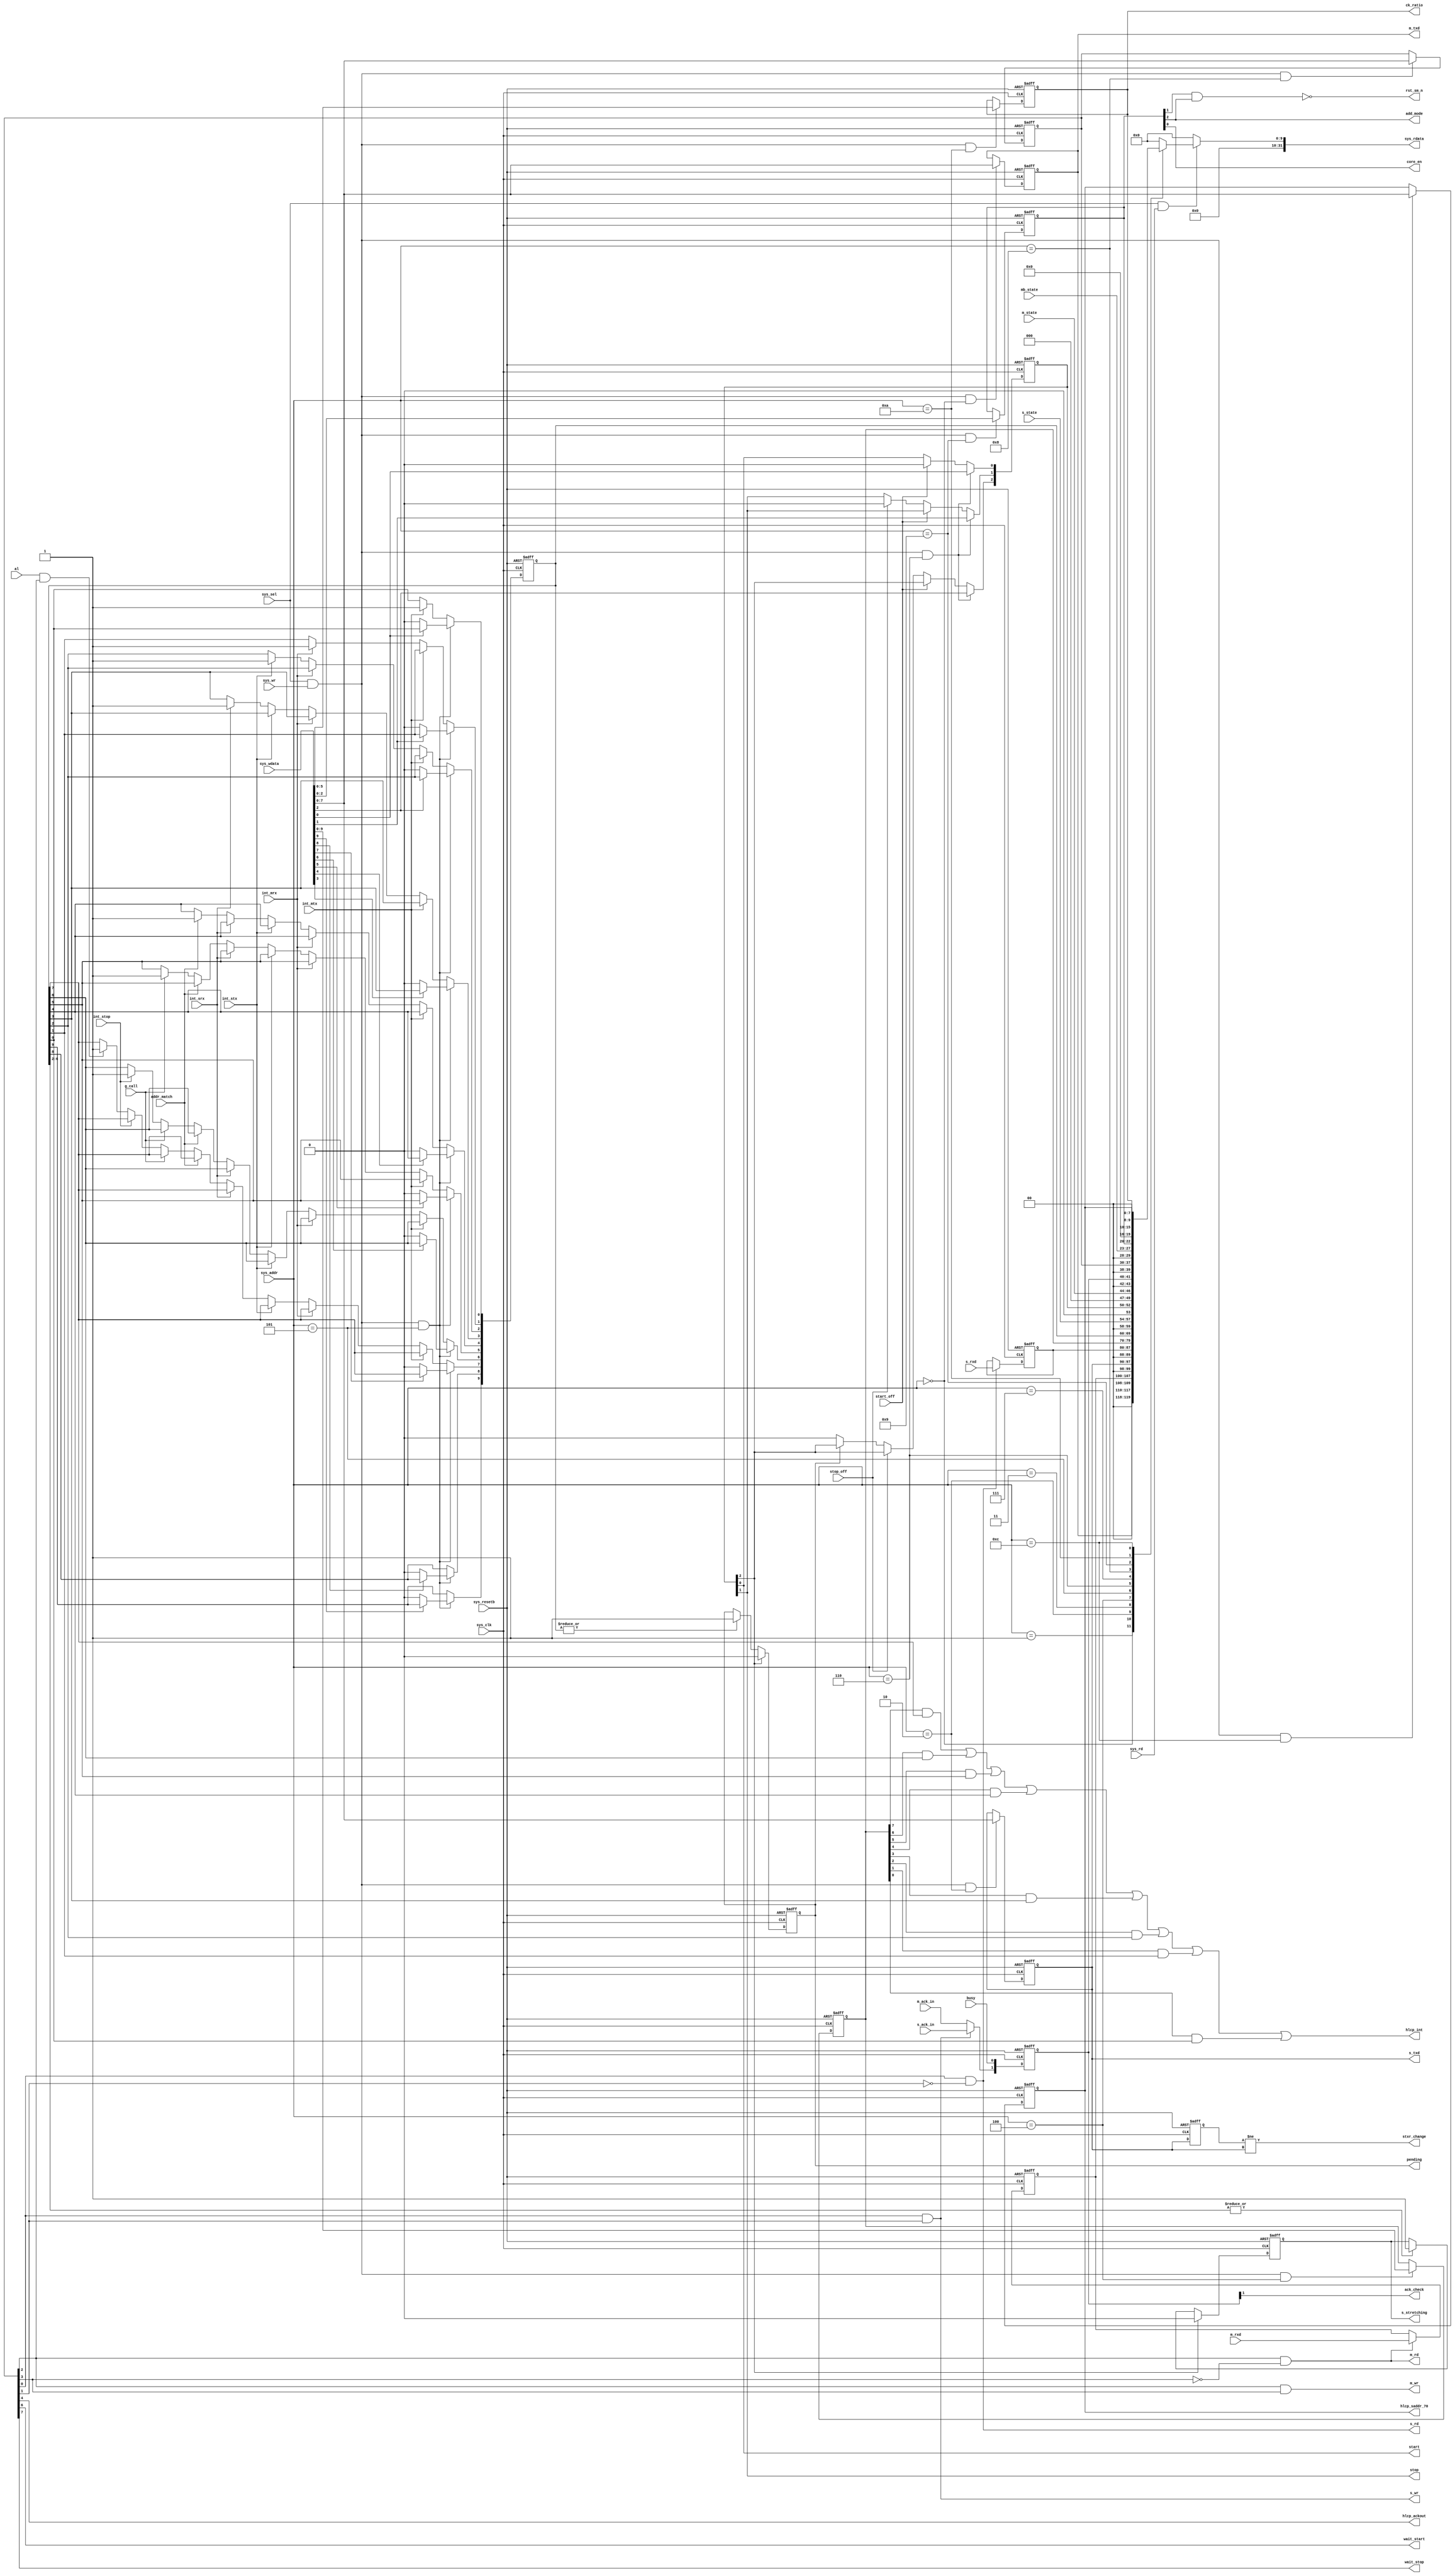
//*******************************************************************--
// Copyright (c) 2006-2013  Naoplus Co., Ltd.                        //
//*******************************************************************//
//*******************************************************************//
// Please review the terms of the license agreement before using     //
// this file. If you are not an authorized user, please destroy this //
// source code file and notify Naoplus Co., Ltd. immediately         //
// that you inadvertently received an unauthorized copy.             //
//*******************************************************************//
//-------------------------------------------------------------------//
// Project name         : MiCSoC                                     //
// Project description  :                                            //
//                                                                   //
// Purpose              : HLCP control & status registers             //
//                                                                   //
//-------------------------------------------------------------------//
//*******************************************************************//

module hlcp_reg  (sys_clk,
                 sys_resetb,
                 sys_addr,
                 sys_wr,
                 sys_sel,
                 sys_rd,
                 sys_wdata,
                 sys_rdata,
                 ck_ratio,
                 hlcp_ackout,
                 start,
                 stop,
                 wait_start,
                 wait_stop,
                 //hlcp_saddr_97,
                 hlcp_saddr_70,
                 al,
                 busy,
                 m_rxd,
                 s_rxd,
                 m_txd,
                 s_txd,
                 core_en,
                 m_rd,
                 m_wr,
                 s_rd,
                 s_wr,
                 g_call,
                 addr_match,
                 m_ack_in,
                 s_ack_in,
                 pending,
                 m_state,
                 mb_state,
                 s_state,
                 int_mtx,
                 int_mrx,
                 int_stx,
                 int_srx,
                 int_stop,
                 rst_sm_n,
                 add_mode,
                 hlcp_int,
                 start_off,
                 stop_off,
                 ack_check,
                 s_stretching,
                 stxr_change
                 );

//APB interface signals
input                         sys_clk;         // system clock
input                         sys_resetb;      // system reset
input  [3:0]                  sys_addr;        // system input address
input                         sys_wr;          // system write enable
input                         sys_sel;         // system slave select
input                         sys_rd;          // system read enable
input  [31:0]                  sys_wdata;       // system write in data
output [31:0]                  sys_rdata;       // system read out data

output [5:0]                  ck_ratio;        // HLCP clcok divider
output                        hlcp_ackout;      // HLCP bus ack enable
output                        start;           // HLCP start
output                        stop;            // HLCP stop

output                        wait_start;      // control the slave wait when start mode
output                        wait_stop;       // control the slave wait when stop mode

output [7:0]                  hlcp_saddr_70;    // HLCP slave address bits [7:0]
input                         al;              // Arbitration lost
input                         busy;            // HLCP busy
input  [7:0]                  m_rxd;           // master received data
input  [7:0]                  s_rxd;           // slave received data


output [7:0]                  m_txd;           // data for master to transmit
output [7:0]                  s_txd;           // data for slave to transmit
output                        core_en;         // HLCP core enable
output                        m_rd;            // HLCP master read
output                        m_wr;            // HLCP master write
output                        s_rd;            // HLCP slave read
output                        s_wr;            // HLCP slave write
input                         g_call;          // general call occurs
input                         addr_match;      // HLCP slave address match
input                         m_ack_in;        // HLCP master receives ack
input                         s_ack_in;        // HLCP slave receives ack
output                        pending;         // pending bit -execution command while al and bus free
input  [2:0]                  m_state;         // Master State
input  [4:0]                  mb_state;        // Master Bit State
input  [3:0]                  s_state;         // Slave State
input                         int_mtx;         // when master receives ACK, assert interrupt
input                         int_mrx;         // when master receives data, asseert interrupt
input                         int_stx;         // when slave receives ACK, assert interrupt
input                         int_srx;         // when slave receives data, asseert interrupt
input                         int_stop;        // abnormal stop interrupt
output                        rst_sm_n;        // HLCP state machine reset
output                        add_mode;        // HLCP slave address mode
output                        hlcp_int;         // HLCP interrupt
input                         start_off;       // Turn off START command
input                         stop_off;        // Turn off STOP command
output                        ack_check;       // when slave in write mode, check received ACK/NAK to determine whether into IDLE mode
output                        s_stretching;    // HLCP slave port stretching
output                        stxr_change;     // STXR value change, will be set to high when its value changes

// HLCP register define

parameter ADDR_HLCPMTXR  = 4'h0; //
parameter ADDR_HLCPMRXR  = 4'h1;
parameter ADDR_HLCPSTXR  = 4'h2; //
parameter ADDR_HLCPSRXR  = 4'h3;

parameter ADDR_HLCPIER   = 4'h4;//2
parameter ADDR_HLCPISR   = 4'h5;//1
parameter ADDR_HLCPLCMR  = 4'h6;
parameter ADDR_HLCPLSR   = 4'h7;
parameter ADDR_HLCPCONR  = 4'h8;//5
parameter ADDR_HLCPOPR   = 4'h9;//3

parameter ADDR_HLCPDIV   = 4'hA;//4
parameter ADDR_HLCPSADDL = 4'hB;
parameter ADDR_HLCPSADDH = 4'hC;

parameter ADDR_CRCTRANSDCNT = 4'hD;

// signal descrition
wire  [31:0]                   sys_rdata;
wire [5:0]                    ck_ratio;
wire                          hlcp_ackout;
wire                          start;
wire                          stop;
wire                          resume;
wire [7:0]                    hlcp_saddr_70;
wire                         hlcp_single_device_write;
wire                          al;
wire                          busy;
wire [7:0]                    m_rxd;
wire [7:0]                    s_rxd;
wire [7:0]                    m_txd;
wire [7:0]                    s_txd;
wire                          core_en;
wire                          m_rd;
wire                          m_wr;
wire                          s_rd;
wire                          s_wr;
wire                          g_call;
wire                          addr_match;
wire                          m_ack_in;
wire                          s_ack_in;
reg                           pending;
wire                          int_mtx;
wire                          int_mrx;
wire                          int_stx;
wire                          int_srx;
wire                          int_stop;
wire                          rst_sm_n;
wire                          add_mode;
wire                           hlcp_int;
wire                          hlcp_int_i;
wire                          start_off;
wire                          stop_off;
wire                          ack_check;
reg                           s_stretching;
wire                          stxr_change;

//end APB signals

// registers declaration
reg   [7:0]                  hlcpmtxr;
reg   [7:0]                  hlcpmrxr;
reg   [7:0]                  hlcpstxr;
reg   [7:0]                  hlcpsrxr;
reg   [7:0]                  hlcpsaddr_h;
//reg   [7:0]                  hlcpsaddr_l;
reg   [9:0]                  hlcpier;
reg   [9:0]                  hlcpisr;
reg   [2:0]                  hlcplcmr;
reg   [1:0]                  hlcplsr;
reg   [7:0]                  hlcpconr;
reg   [2:0]                  hlcpopr;
reg   [5:0]                  hlcpdiv;

//registers write enable signals
wire hlcpmtxr_wen;      // HLCP MTXR write enble
wire hlcpstxr_wen;      // HLCP STXR write enable
wire hlcpsaddh_wen;     // HLCP slave address write enable
wire hlcpsaddl_wen;     // HLCP slave address write enable
wire hlcpier_wen;       // HLCP IER write enable
wire hlcpisr_wen;       // HLCP ISR write enable
wire hlcplcmr_wen;      // HLCP LCMR write enble
wire hlcpconr_wen;      // HLCP CONR write enable
wire hlcpopr_wen;       // HLCP OPR write enable
wire hlcpdiv_wen;       // HLCP DIV write enable

wire wr_enable;
wire rd_enable;

//assign wr_enable = sys_sel & sys_wr;
assign wr_enable = sys_sel & sys_wr;// & sys_rd; // for APB
reg sys_wr_reg;
always @(posedge sys_clk or negedge sys_resetb) begin
    if (!sys_resetb)
        sys_wr_reg  <= 1'b0;
    else
        sys_wr_reg  <= sys_wr;
end

//assign wr_enable    = (sys_sel & sys_wr & ~sys_wr_reg);

assign rd_enable = sys_sel & sys_rd;

assign hlcpmtxr_wen  =  wr_enable & (sys_addr == ADDR_HLCPMTXR);
assign hlcpstxr_wen  =  wr_enable & (sys_addr == ADDR_HLCPSTXR);
assign hlcpier_wen   =  wr_enable & (sys_addr == ADDR_HLCPIER);
assign hlcpisr_wen   =  wr_enable & (sys_addr == ADDR_HLCPISR);
assign hlcplcmr_wen  =  wr_enable & (sys_addr == ADDR_HLCPLCMR);
assign hlcpconr_wen  =  wr_enable & (sys_addr == ADDR_HLCPCONR);
assign hlcpopr_wen   =  wr_enable & (sys_addr == ADDR_HLCPOPR);
assign hlcpdiv_wen   =  wr_enable & (sys_addr == ADDR_HLCPDIV);
//assign hlcpsaddl_wen =  wr_enable & (sys_addr == ADDR_HLCPSADDL);
assign hlcpsaddh_wen =  wr_enable & (sys_addr == ADDR_HLCPSADDH);

//end register write enable signals declaration



//-------------------------------------------------------------------------
//                         APB BUS Read/Write
//-------------------------------------------------------------------------

// registers write

// --- MTXR ---
always@(posedge sys_clk or negedge sys_resetb)begin
    if(!sys_resetb)
      hlcpmtxr <= 0;
    else if (hlcpmtxr_wen)
      hlcpmtxr[7:0] <= sys_wdata[7:0];
    else
      hlcpmtxr[7:0] <=  hlcpmtxr[7:0];
  end

assign m_txd = hlcpmtxr[7:0];

// --- MRXR ---
always@(posedge sys_clk or negedge sys_resetb) begin
   if(!sys_resetb)
     hlcpmrxr <= 0;
   else if(m_rd)
     hlcpmrxr <= m_rxd;
   else
     hlcpmrxr[7:0] <=  hlcpmrxr[7:0];
 end

reg  [7:0] hlcpstxr_d; // delayed hlcpstxr

// --- STXR ---
  always@(posedge sys_clk or negedge sys_resetb)begin
    if(!sys_resetb)
      hlcpstxr <= 0;
    else if (hlcpstxr_wen)
      hlcpstxr[7:0] <= sys_wdata[7:0];
    else
      hlcpstxr[7:0] <=  hlcpstxr[7:0];
  end

assign s_txd = hlcpstxr[7:0];

always@(posedge sys_clk or negedge sys_resetb) begin
   if(!sys_resetb)
     hlcpstxr_d <= 0;
   else
     hlcpstxr_d <= hlcpstxr;
end

assign stxr_change = (hlcpstxr_d != hlcpstxr);


// --- SRXR ---
always@(posedge sys_clk or negedge sys_resetb) begin
   if(!sys_resetb)
     hlcpsrxr <= 0;
   else if(s_rd)
     hlcpsrxr <= s_rxd;////////////////////////////////////m_rxd
   else
     hlcpsrxr[7:0] <=  hlcpsrxr[7:0];
end


// --- SADDR ---
   always@(posedge sys_clk or negedge sys_resetb)begin
    if(!sys_resetb)
      hlcpsaddr_h <= 8'hff;
    else if (hlcpsaddh_wen)
      hlcpsaddr_h <= sys_wdata[7:0];
    else
      hlcpsaddr_h <=  hlcpsaddr_h;
  end

/*
   always@(posedge sys_clk or negedge sys_resetb)begin
    if(!sys_resetb)
      hlcpsaddr_l <= 8'hff;
    else if (hlcpsaddl_wen)
      hlcpsaddr_l <= sys_wdata[7:0];
    else
      hlcpsaddr_l <=  hlcpsaddr_l;
  end
*/

/////////////////////////////////////0528///////////////////////////////////////////
assign hlcp_saddr_70  = hlcpsaddr_h[7:0];
////////////////////////////////////////////////////////////////////////////////
// --- IER ---
always@(posedge sys_clk or negedge sys_resetb)begin
    if(!sys_resetb)
      hlcpier <= 0;
    else if (hlcpier_wen)
      hlcpier <= sys_wdata[9:0];
    else
      hlcpier <= hlcpier;
  end

wire    int_mtx_i;
wire    int_mrx_i;
wire    int_stx_i;
wire    int_srx_i;
wire    addr_match_i;
wire    g_call_i;
wire    int_stop_i;
wire    al_i;

assign  al_i          = hlcpier[7] & hlcpisr[7];
assign  int_stop_i    = hlcpier[6] & hlcpisr[6];
assign  g_call_i      = hlcpier[5] & hlcpisr[5];
assign  addr_match_i  = hlcpier[4] & hlcpisr[4];
assign  int_srx_i     = hlcpier[3] & hlcpisr[3];
assign  int_stx_i     = hlcpier[2] & hlcpisr[2];
assign  int_mrx_i     = hlcpier[1] & hlcpisr[1];
assign  int_mtx_i     = hlcpier[0] & hlcpisr[0];


assign hlcp_int = (al_i | int_stop_i |g_call_i |addr_match_i|int_srx_i |int_stx_i|int_mrx_i |int_mtx_i);


// --- ISR ---
always@(posedge sys_clk or negedge sys_resetb)begin
    if(!sys_resetb)
      hlcpisr <= 0;
    else if (hlcpisr_wen) begin
      hlcpisr[9] <= sys_wdata[9]?hlcpisr[9]:1'b0;
      hlcpisr[8] <= sys_wdata[8]?hlcpisr[8]:1'b0;
      hlcpisr[7] <= sys_wdata[7]?hlcpisr[7]:1'b0;
      hlcpisr[6] <= sys_wdata[6]?hlcpisr[6]:1'b0;
      hlcpisr[5] <= sys_wdata[5]?hlcpisr[5]:1'b0;
      hlcpisr[4] <= sys_wdata[4]?hlcpisr[4]:1'b0;
      hlcpisr[3] <= sys_wdata[3]?hlcpisr[3]:1'b0;
      hlcpisr[2] <= sys_wdata[2]?hlcpisr[2]:1'b0;
      hlcpisr[1] <= sys_wdata[1]?hlcpisr[1]:1'b0;
      hlcpisr[0] <= sys_wdata[0]?hlcpisr[0]:1'b0;
     end
    else if(int_mtx)
       hlcpisr[0] <= 1'b1;
    else if(int_mrx)
       hlcpisr[1] <= 1'b1;
    else if(int_stx)
       hlcpisr[2] <= 1'b1;
    else if(int_srx)
       hlcpisr[3] <= 1'b1;
    else if(addr_match)
       hlcpisr[4] <= 1'b1;
    else if(g_call)
       hlcpisr[5] <= 1'b1;
    else if(int_stop)
       hlcpisr[6] <= 1'b1;
    else if(al && hlcpconr[2])
       hlcpisr[7] <= 1'b1;
    else
       hlcpisr <= hlcpisr;
  end


wire   pending_i;
assign pending_i = |hlcpisr;  // If any interrupt occurs, pending_i will be high

wire   stretching_i;
assign stretching_i = |hlcpisr[6:2];  // If slave related interrupt occurs, stretching_i will be high


always@(posedge sys_clk or negedge sys_resetb)begin
   if(!sys_resetb)
      pending <= 0;
   else if(resume)
      pending <= 0;
   else if(pending_i)
      pending <= 1'b1;
   else
      pending <= pending;
  end



always@(posedge sys_clk or negedge sys_resetb)begin
   if(!sys_resetb)
      s_stretching <= 0;
   else if(resume)
      s_stretching <= 0;
   else if(stretching_i)
      s_stretching <= 1'b1;
   else
      s_stretching <= s_stretching;
  end

// --- LCMR ---
always@(posedge sys_clk or negedge sys_resetb)begin
    if(!sys_resetb)
      hlcplcmr <= 0;
    else if (hlcplcmr_wen)
      hlcplcmr <= sys_wdata[2 :0];
    else if (start_off)
      hlcplcmr[0] <= 1'b0;
    else if (stop_off)
      hlcplcmr[1] <= 1'b0;
    else if(!pending)
      hlcplcmr[2] <= 1'b0;
    else
      hlcplcmr <= hlcplcmr;
  end

assign start  = hlcplcmr[0];
assign stop   = hlcplcmr[1];
assign resume = hlcplcmr[2];

// --- LSR ---
wire    ack_bit;   // ack from receiver to register
assign  ack_bit = (s_wr)? s_ack_in : m_ack_in;
//assign  ack_bit = (m_wr)? m_ack_in : s_ack_in;

always@(posedge sys_clk or negedge sys_resetb) begin
    if(!sys_resetb)
      hlcplsr <= 0;
    else
      hlcplsr<= {ack_bit,busy};
  end

assign ack_check = hlcplsr[1];


// --- CONR ---
always@(posedge sys_clk or negedge sys_resetb)begin
    if(!sys_resetb)
      hlcpconr <= 0;
    else if (hlcpconr_wen)
      hlcpconr <= sys_wdata[7 :0];
    else
      hlcpconr <= hlcpconr;
  end

assign wait_stop  = hlcpconr[7];
assign wait_start = hlcpconr[6];
//assign crc_enable = hlcpconr[5];
assign hlcp_ackout = hlcpconr[4];
assign m_wr       = (hlcpconr[2] &  hlcpconr[3]);
assign m_rd       = (hlcpconr[2] & !hlcpconr[3]);
assign s_wr       = (hlcpconr[0] &  hlcpconr[1]);
assign s_rd       = (hlcpconr[0] & !hlcpconr[1]);

// --- OPR ---
always@(posedge sys_clk or negedge sys_resetb)begin
    if(!sys_resetb)
      hlcpopr <= 0;
    else if (hlcpopr_wen)
      hlcpopr <= sys_wdata[2 :0];
    else
      hlcpopr <= hlcpopr;
  end

assign core_en   = hlcpopr[0];
assign rst_sm_n  = !(hlcpopr[1] && hlcpopr[2]);
assign add_mode  = hlcpopr[2];

// --- DIV ---
always@(posedge sys_clk or negedge sys_resetb) begin
    if(!sys_resetb)
      hlcpdiv <= 0;
    else if(hlcpdiv_wen)
      hlcpdiv <= sys_wdata[5:0];
    else
      hlcpdiv <= hlcpdiv;
  end

assign ck_ratio  = hlcpdiv[5:0];






// registers read
 
reg [31:0] pre_rdata;
always@(*) begin
  if(rd_enable) begin
    case (sys_addr) // synopsys parallel_case
      ADDR_HLCPMTXR : pre_rdata = {24'd0, hlcpmtxr};
      ADDR_HLCPMRXR : pre_rdata = {24'd0, hlcpmrxr};
      ADDR_HLCPSTXR : pre_rdata = {24'd0, hlcpstxr};
      ADDR_HLCPSRXR : pre_rdata = {24'd0, hlcpsrxr};
      ADDR_HLCPIER  : pre_rdata = {22'd0, hlcpier};
      ADDR_HLCPISR  : pre_rdata = {22'd0, hlcpisr};
      ADDR_HLCPLCMR : pre_rdata = {24'd0, s_state, 1'b0, hlcplcmr};
      ADDR_HLCPLSR  : pre_rdata = {24'd0, 1'b0, m_state, 2'h0, hlcplsr};
      ADDR_HLCPCONR : pre_rdata = {24'd0, hlcpconr};
      ADDR_HLCPOPR  : pre_rdata = {24'd0, mb_state, hlcpopr};
      ADDR_HLCPDIV  : pre_rdata = {24'd0, 2'h0, hlcpdiv};
      //ADDR_HLCPSADDL: pre_rdata = {24'd0, hlcpsaddr_l};
      ADDR_HLCPSADDH: pre_rdata = {24'd0, hlcpsaddr_h};
      default      : pre_rdata = 32'h0;
    endcase
  end
  else
    pre_rdata = 32'h0;
end

assign sys_rdata = pre_rdata;

endmodule